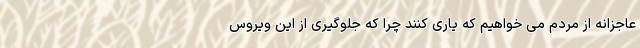
عاجزانه از مردم می‌ خواهیم که یاری کنند چرا که جلوگیری از این ویروس